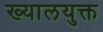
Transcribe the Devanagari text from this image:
ख्यालयुक्त